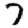
Digit: 7